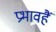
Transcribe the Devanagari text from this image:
प्रभावहैं